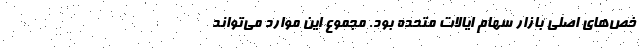
خص‌های اصلی بازار سهام ایالات متحده بود. مجموع این موارد می‌تواند